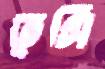
ভূসি